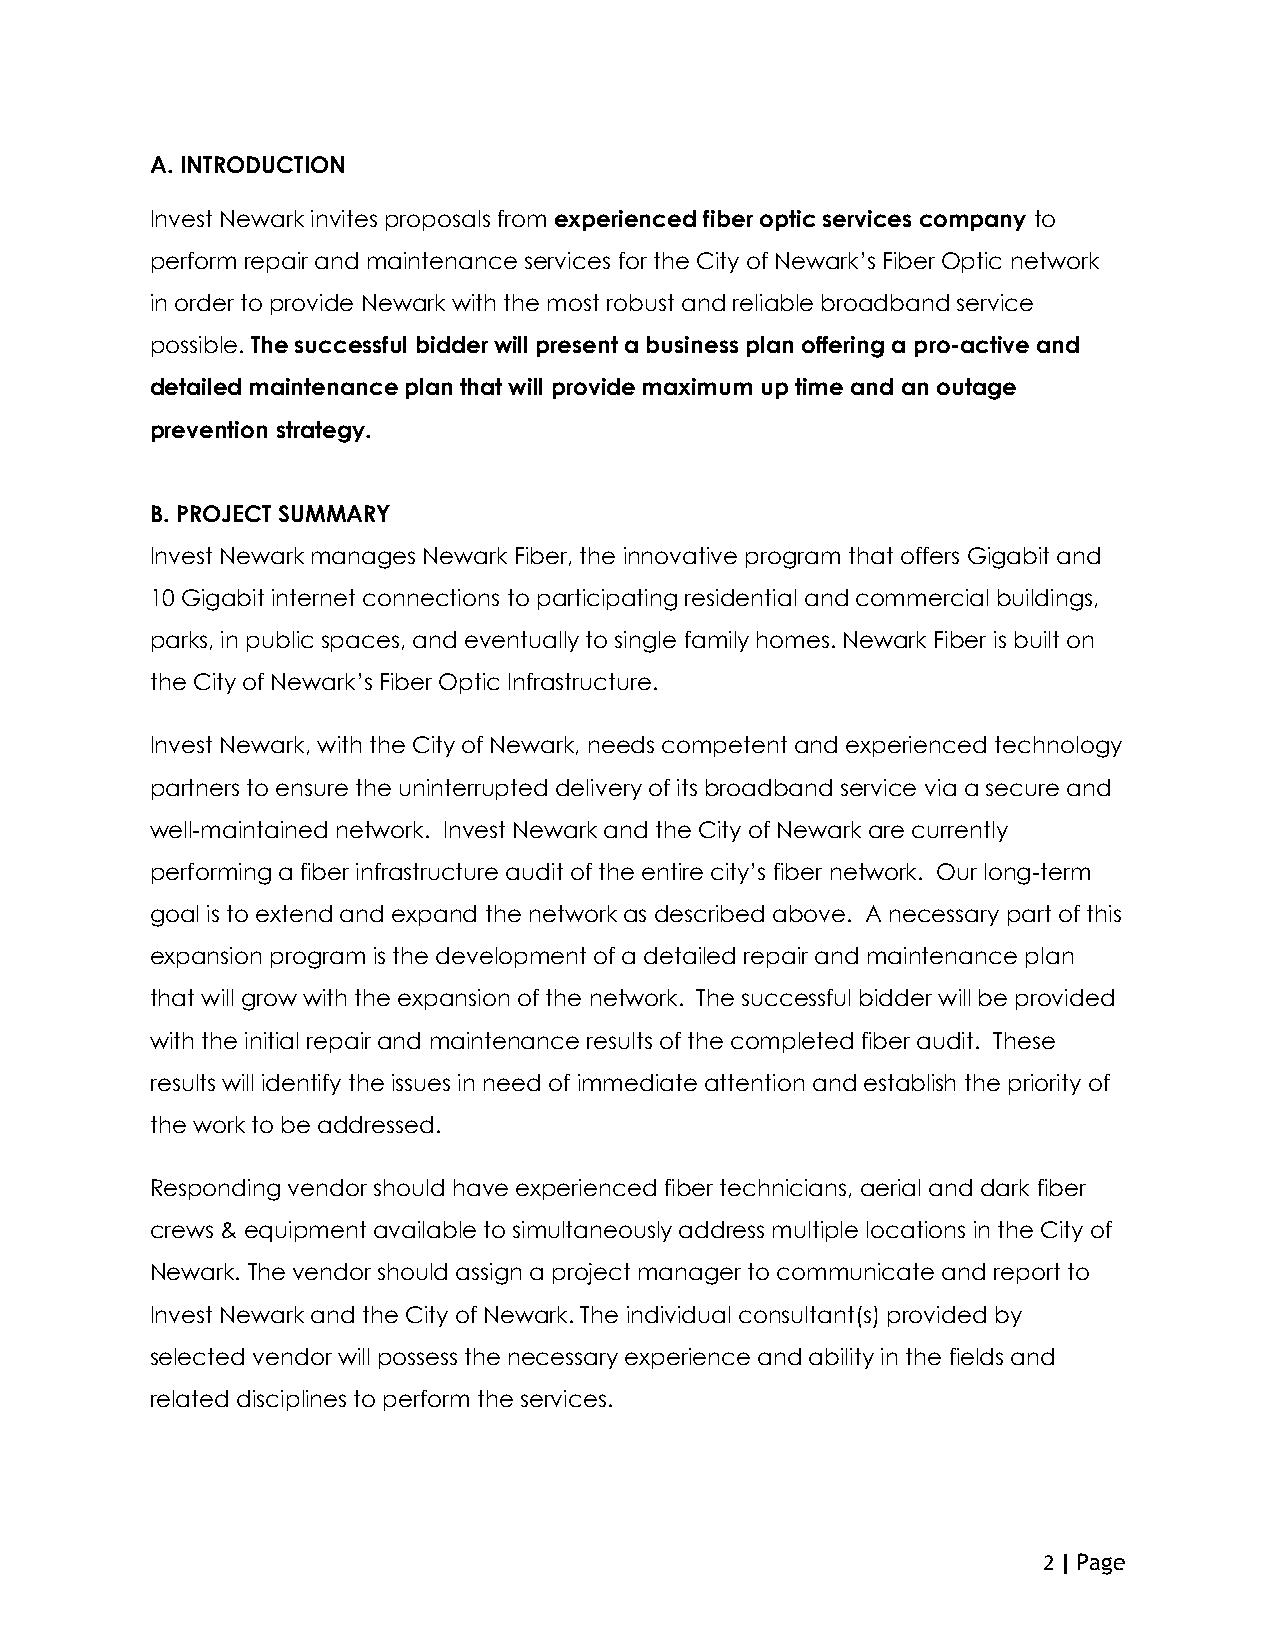
A. INTRODUCTION
 Invest Newark invites proposals from experienced fiber optic services company to
 perform repair and maintenance services for the City of Newark’s Fiber Optic network
 in order to provide Newark with the most robust and reliable broadband service
 possible. The successful bidder will present a business plan offering a pro-active and
 detailed maintenance plan that will provide maximum up time and an outage
 prevention strategy.
 B. PROJECT SUMMARY
 Invest Newark manages Newark Fiber, the innovative program that offers Gigabit and
 10 Gigabit internet connections to participating residential and commercial buildings,
 parks, in public spaces, and eventually to single family homes. Newark Fiber is built on
 the City of Newark’s Fiber Optic Infrastructure.
 Invest Newark, with the City of Newark, needs competent and experienced technology
 partners to ensure the uninterrupted delivery of its broadband service via a secure and
 well-maintained network. Invest Newark and the City of Newark are currently
 performing a fiber infrastructure audit of the entire city’s fiber network. Our long-term
 goal is to extend and expand the network as described above. A necessary part of this
 expansion program is the development of a detailed repair and maintenance plan
 that will grow with the expansion of the network. The successful bidder will be provided
 with the initial repair and maintenance results of the completed fiber audit. These
 results will identify the issues in need of immediate attention and establish the priority of
 the work to be addressed.
 Responding vendor should have experienced fiber technicians, aerial and dark fiber
 crews & equipment available to simultaneously address multiple locations in the City of
 Newark. The vendor should assign a project manager to communicate and report to
 Invest Newark and the City of Newark. The individual consultant(s) provided by
 selected vendor will possess the necessary experience and ability in the fields and
 related disciplines to perform the services.
 2 | Page